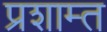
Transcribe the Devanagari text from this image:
प्रशाम्त